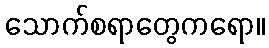
သောက်စရာတွေကရော။